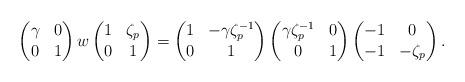
LaTeX: \begin{align*}\left(\begin{matrix} \gamma & 0 \\ 0 &1\end{matrix} \right)w\left(\begin{matrix} 1 & \zeta_{p} \\ 0 &1\end{matrix} \right) = \left( \begin{matrix} 1& -\gamma \zeta_{p}^{-1} \\ 0 &1 \end{matrix} \right)\left( \begin{matrix} \gamma \zeta_{p}^{-1}&0 \\ 0 &1 \end{matrix} \right)\left( \begin{matrix} -1& 0 \\ -1 &-\zeta_{p} \end{matrix} \right). \end{align*}